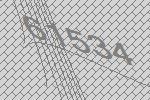
61534